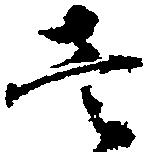
壱